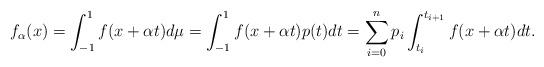
LaTeX: \begin{align*}f_{\alpha}(x) = \int_{-1}^{1} f(x+\alpha t) d\mu = \int_{-1}^{1} f(x+\alpha t) p(t) dt = \sum_{i=0}^{n} p_i \int_{t_{i}}^{t_{i+1}} f(x+\alpha t) dt.\end{align*}